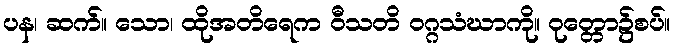
ပန၊ ဆက်။ သော၊ ထိုအတိရေက ဝီသတိ ဝဂ္ဂသံဃာကို။ ဝုတ္တော၌စပ်။